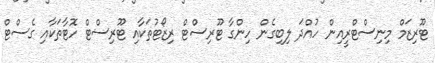
ޓޫރިޒަމް މިނިސްޓްރީއިން ހުއްދަ ލިބިގެން ހިންގާ ޓޫރިސްޓް ރިޒޯޓުތަކާއި ޓޫރިސްޓް ހޮޓާތަކާއި ގެސްޓް